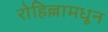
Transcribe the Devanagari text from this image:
रोहिल्लामधून